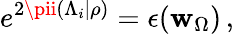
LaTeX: e^{2\pii(\Lambda_{i}|\rho)}=\epsilon(\mathbf{w}_{\Omega})\, ,